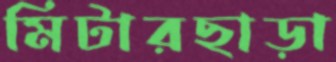
মিটারছাড়া